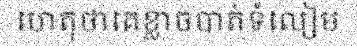
ហេតុថាគេខ្លាចបាត់ទំលៀម